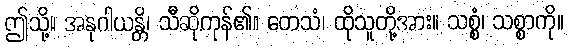
ဤသို့။ အနုဂါယန္တိ၊ သီဆိုကုန်၏။ တေသံ၊ ထိုသူတို့အား။ သစ္စံ၊ သစ္စာကို။